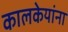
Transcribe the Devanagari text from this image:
कालकेयांना